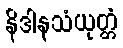
နိဒါနသံယုတ္တံ